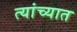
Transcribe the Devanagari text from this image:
त्‍यांच्‍यात